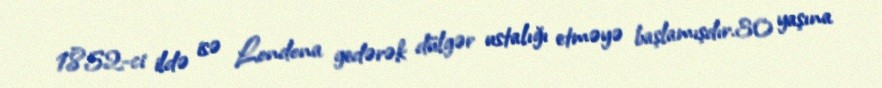
1852-ci ildə isə Londona gedərək dülgər ustalığı etməyə başlamışdır.30 yaşına